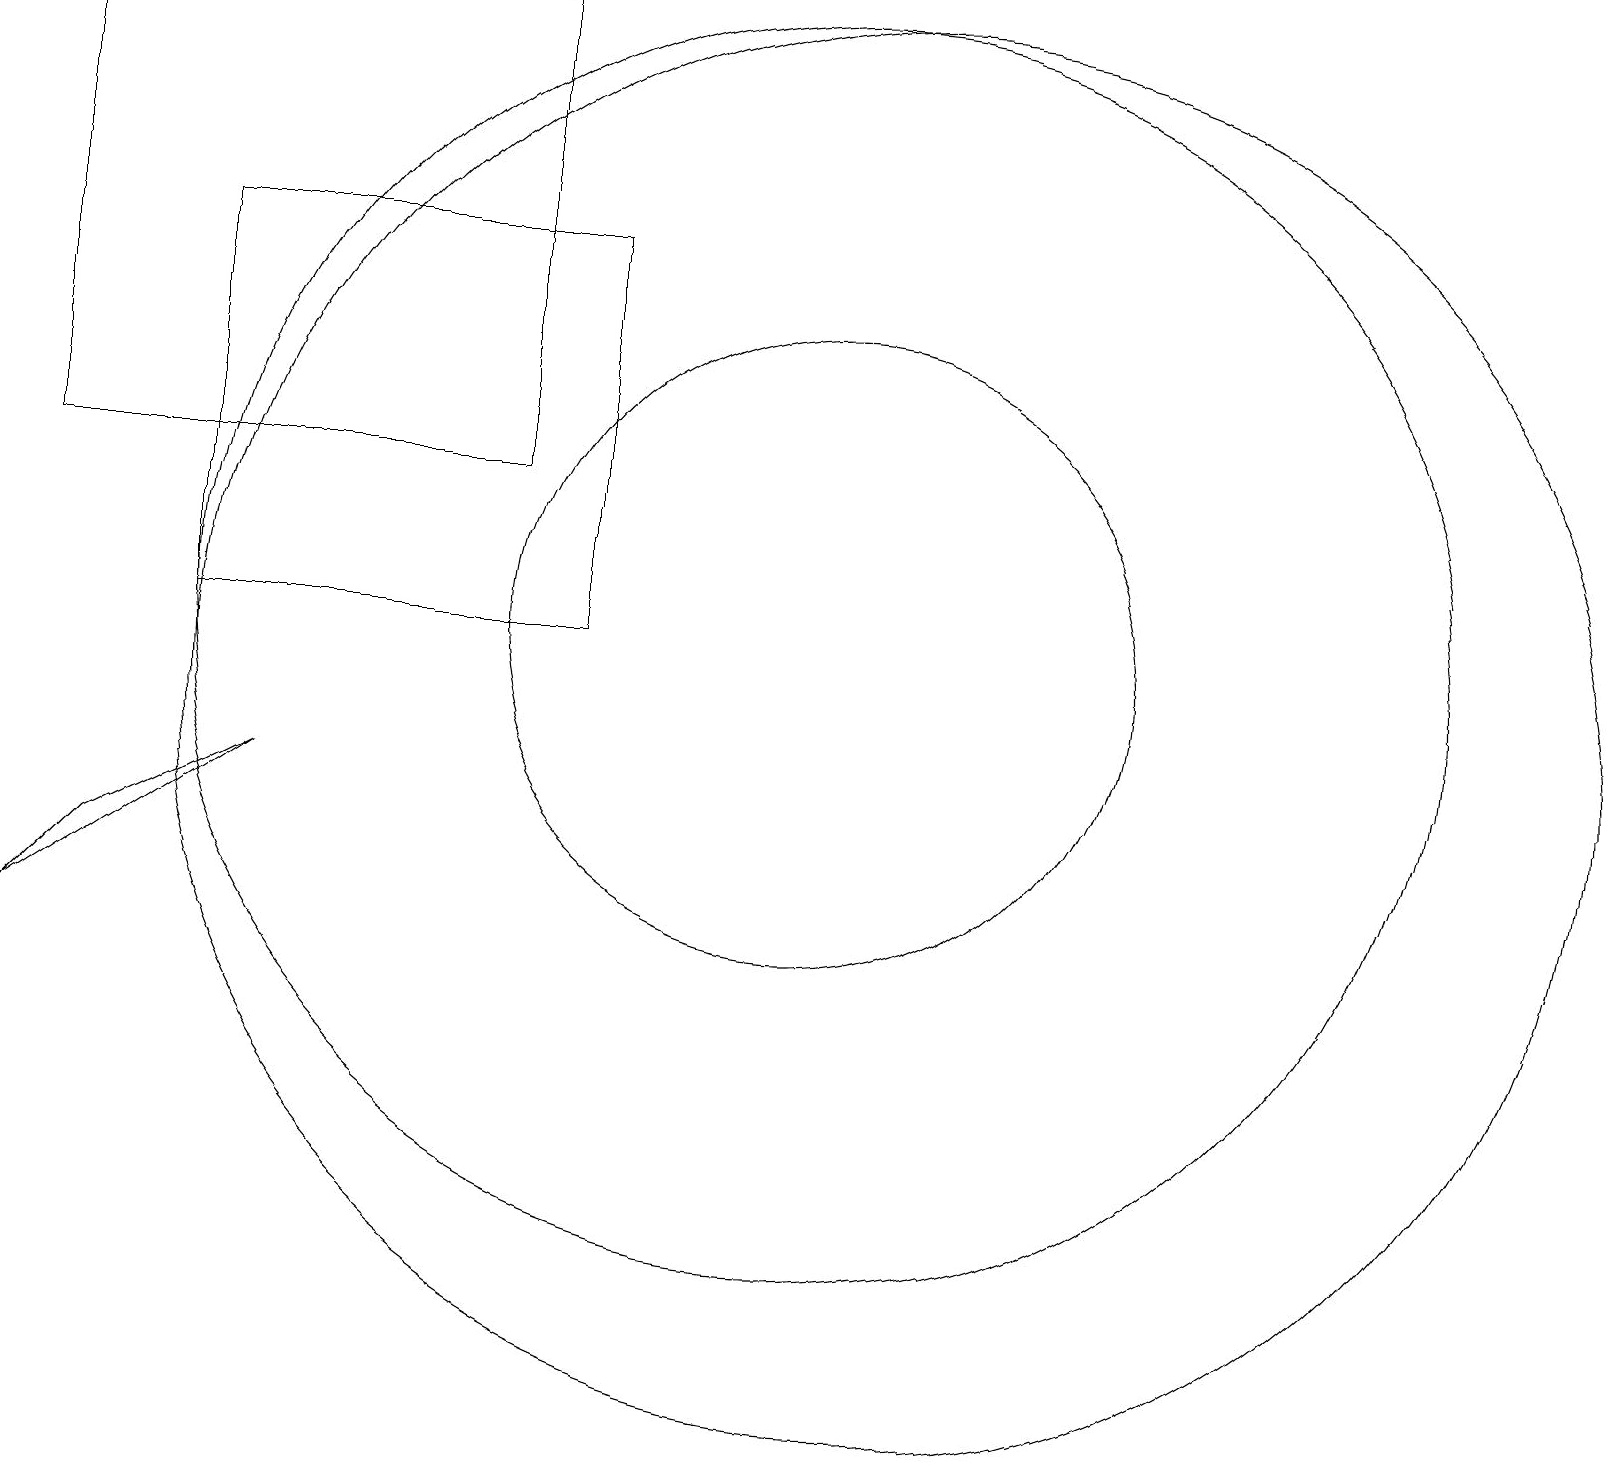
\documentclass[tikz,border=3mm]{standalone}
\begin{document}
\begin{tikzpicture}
\draw (11,11) circle (8);
\draw (1,13) rectangle (7,19);
\draw (12,10) circle (9);
\draw (1,7) -- (4,9) -- (2,8) -- cycle;
\draw (3,16) rectangle (8,11);
\draw (11,11) circle (4);
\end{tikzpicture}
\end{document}